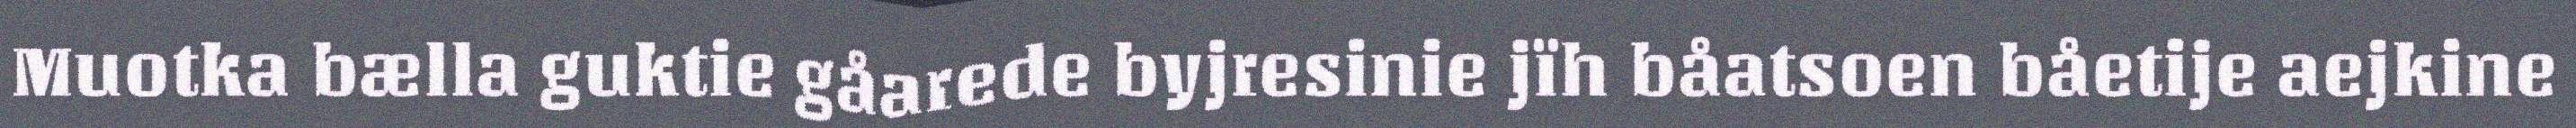
Muotka bælla guktie gåarede byjresinie jïh båatsoen båetije aejkine